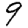
Digit: 9